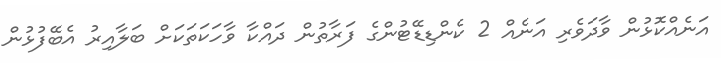
އަނެއްކޮޅުން ވާދަވެރި އަނެއް 2 ކެންޑިޑޭޓުންގެ ފަރާތުން ދައްކާ ވާހަކަތަކަށް ބަލާއިރު އެބޭފުޅުން